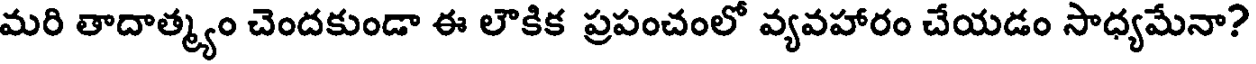
మరి తాదాత్మ్యం చెందకుండా ఈ లౌకిక ప్రపంచంలో వ్యవహారం చేయడం సాధ్యమేనా?